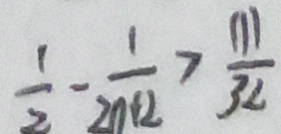
\frac { 1 } { 2 } - \frac { 1 } { 2 n + 2 } > \frac { 1 1 1 } { 3 2 }